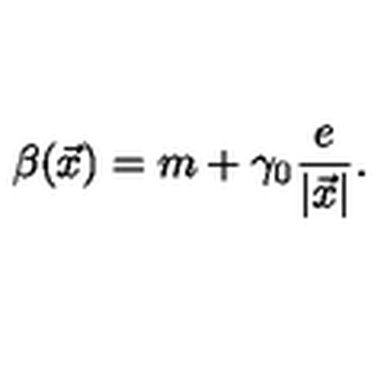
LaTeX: \beta ( \vec { x } ) = m + \gamma _ { 0 } \frac { e } { | \vec { x } | } .